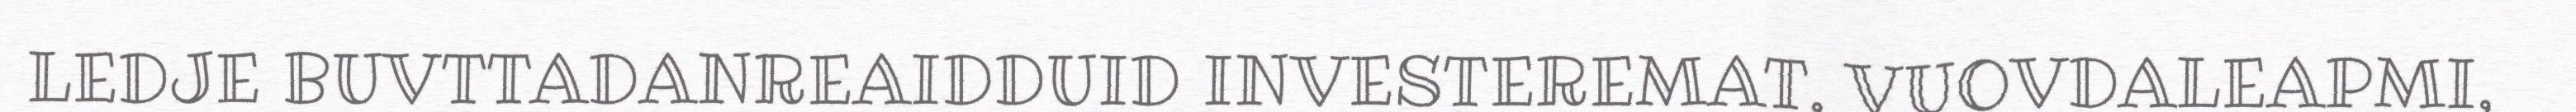
LEDJE BUVTTADANREAIDDUID INVESTEREMAT, VUOVDALEAPMI,